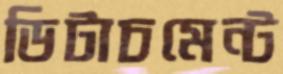
ডিটাচমেন্ট